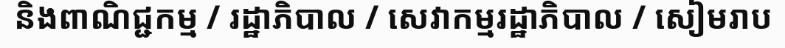
និងពាណិជ្ជកម្ម / រដ្ឋាភិបាល / សេវាកម្មរដ្ឋាភិបាល / សៀមរាប